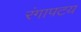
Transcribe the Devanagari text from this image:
रंगापटय